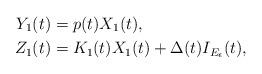
LaTeX: \begin{align*}Y_{1}(t) & =p(t)X_{1}(t),\\Z_{1}(t) & =K_{1}(t)X_{1}(t)+\Delta(t)I_{E_{\epsilon}}(t),\end{align*}